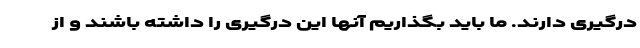
درگیری دارند. ما باید بگذاریم آنها این درگیری را داشته باشند و از